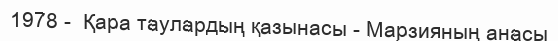
1978 -  Қара таулардың қазынасы - Марзияның анасы